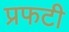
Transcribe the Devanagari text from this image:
प्रफटी